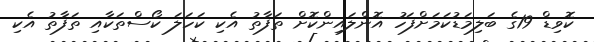
ކޮވިޑް 19ގެ ބަލިމަޑުކަމަށްފަހު އޮންލައިންކޮށް ތަފާތު އެކި ކަހަލަ ކޯސްތަކާއި ތަފާތު އެކި